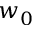
w _ { 0 }